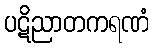
ပဋိညာတကရဏံ